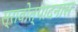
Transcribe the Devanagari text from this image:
स्रावोत्पादनास